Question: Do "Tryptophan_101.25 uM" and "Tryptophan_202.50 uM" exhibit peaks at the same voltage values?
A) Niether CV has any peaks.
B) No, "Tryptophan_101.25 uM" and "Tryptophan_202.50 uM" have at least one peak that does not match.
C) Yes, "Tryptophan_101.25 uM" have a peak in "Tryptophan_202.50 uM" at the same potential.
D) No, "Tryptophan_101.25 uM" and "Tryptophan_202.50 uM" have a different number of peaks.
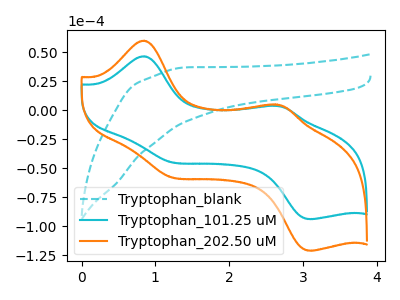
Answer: <think>The cyan dashed curve "Tryptophan_blank" has no peaks. The cyan curve "Tryptophan_101.25 uM" has anodic peaks at (0.85V, 46.45uA) (2.65V, 3.80uA) and cathodic peaks at (1.15V, -44.05uA) (3.05V, -93.70uA). The orange curve "Tryptophan_202.50 uM" has anodic peaks at (0.85V, 59.90uA) (2.65V, 4.90uA) and cathodic peaks at (1.15V, -56.85uA) (3.05V, -120.80uA).</think>
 <answer>C) Yes, "Tryptophan_101.25 uM" have a peak in "Tryptophan_202.50 uM" at the same potential.</answer>
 <eval>C</eval>